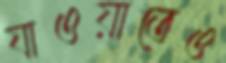
যাওয়াতেও